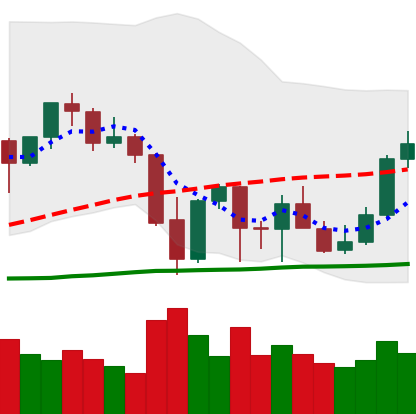
Ticker: ETH-USD
Chart end date: 2021-10-02
Forward return: 5.787%
Label: up_5_7